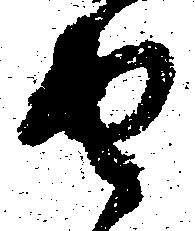
由